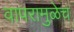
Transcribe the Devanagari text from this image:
वापरामुळेच